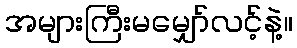
အများကြီးမမျှော်လင့်နဲ့။